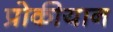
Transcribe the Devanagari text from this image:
प्रोकीयान